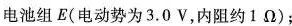
电池组E(电动势为3.0V，内阻约Ⅰ\Omega)；